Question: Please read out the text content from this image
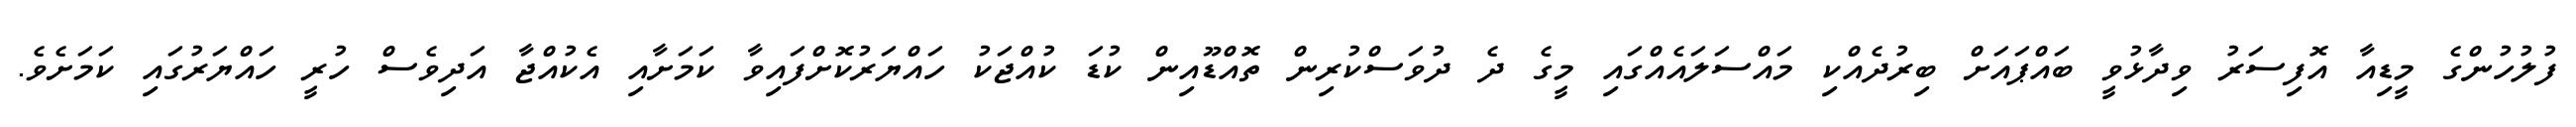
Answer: ފުލުހުންގެ މީޑިއާ އޮފިސަރު ވިދާޅުވީ ބައްޕައަށް ބިރުދެއްކި މައްސަލައެއްގައި މީގެ ދެ ދުވަސްކުރިން ތޮއްޑޫއިން ކުޑަ ކުއްޖަކު ހައްޔަރުކޮށްފައިވާ ކަމަށާއި އެކުއްޖާ އަދިވެސް ހުރީ ހައްޔަރުގައި ކަމަށެވެ.